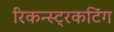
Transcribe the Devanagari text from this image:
रिकन्स्ट्रकटिंग